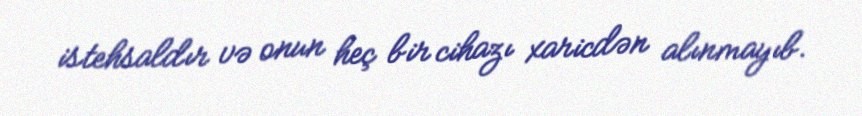
istehsaldır və onun heç bir cihazı xaricdən alınmayıb.